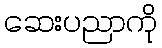
ဆေးပညာကို